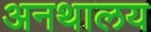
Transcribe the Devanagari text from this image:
अनथालय